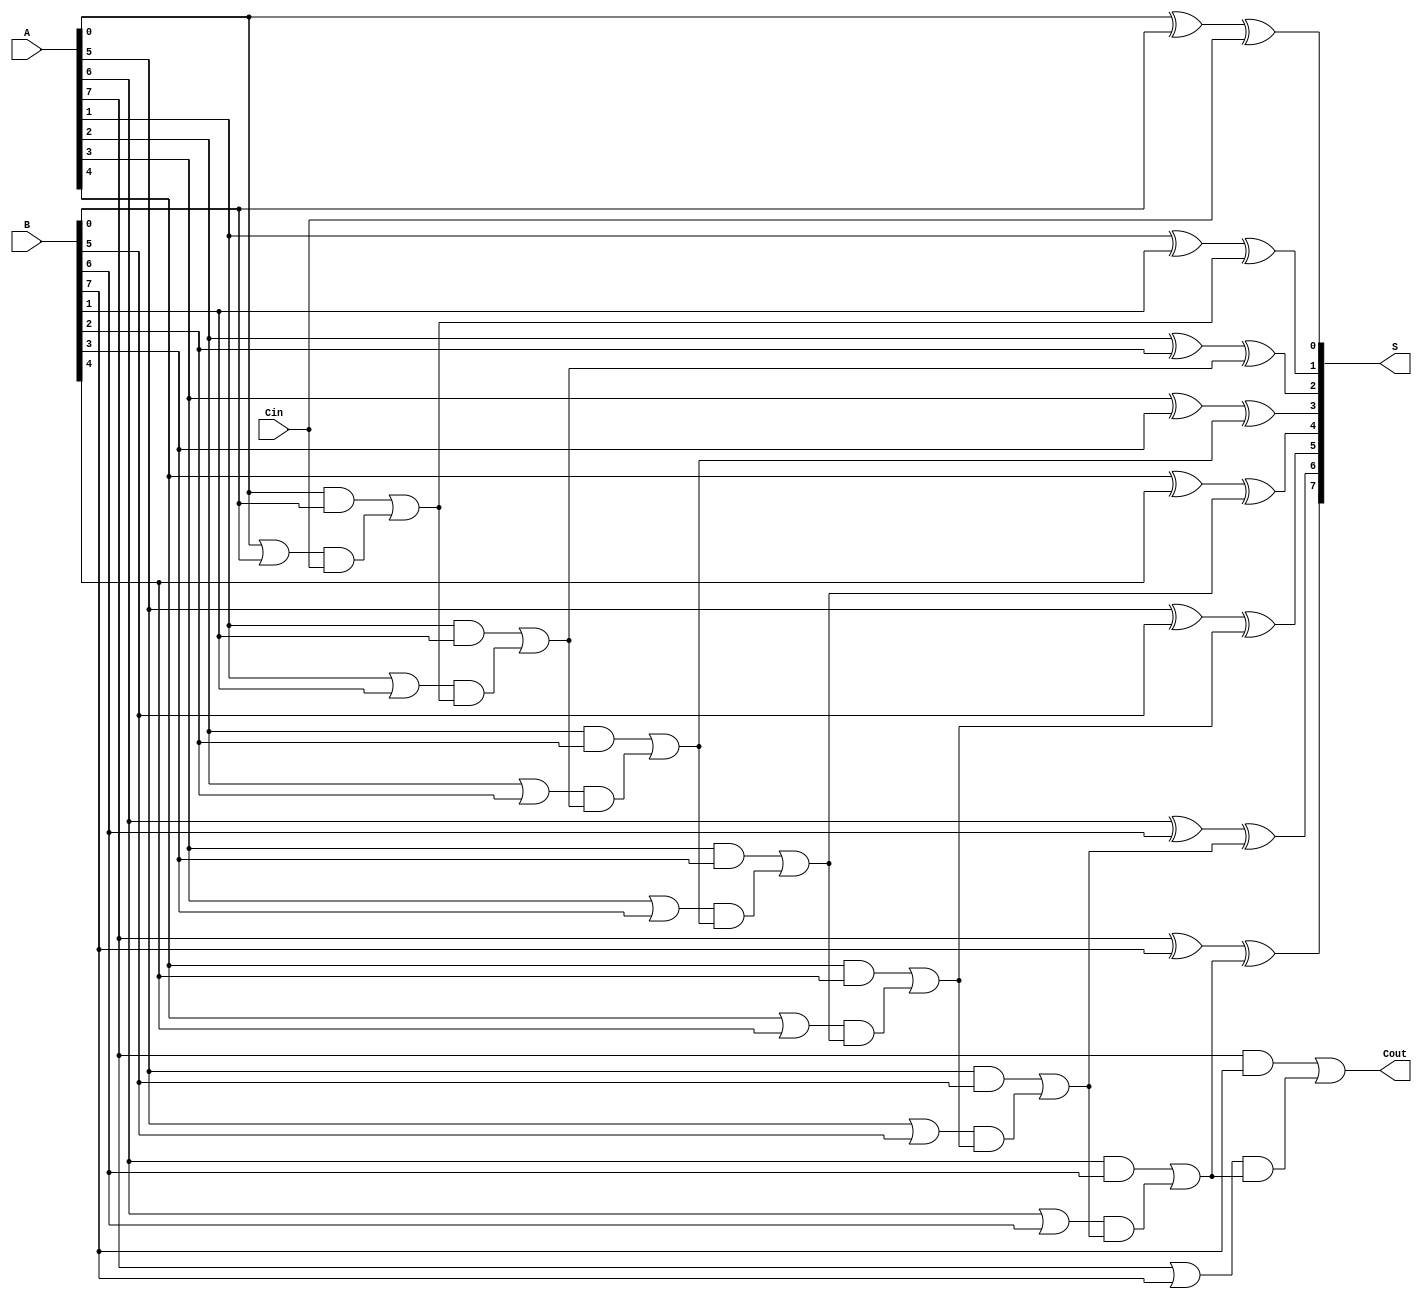
module ManchesterCarryChainAdder #(
    parameter N = 8 // Bit width of the adder
)(
    input  wire [N-1:0] A,    // First n-bit input
    input  wire [N-1:0] B,    // Second n-bit input
    input  wire Cin,           // Carry-in
    output wire [N-1:0] S,     // n-bit sum output
    output wire Cout           // Carry-out
);

    wire [N:0] C; // Carry signals, C[0] is Cin, C[N] is Cout
    wire [N-1:0] G; // Generate signals
    wire [N-1:0] P; // Propagate signals

    // Generate and Propagate logic
    genvar i;
    generate
        for (i = 0; i < N; i = i + 1) begin : gen_prop
            assign G[i] = A[i] & B[i];          // Generate
            assign P[i] = A[i] | B[i];          // Propagate
        end
    endgenerate

    // Carry chain logic
    assign C[0] = Cin; // Initial carry is Cin
    generate
        for (i = 0; i < N; i = i + 1) begin : carry_chain
            assign C[i + 1] = G[i] | (P[i] & C[i]); // Carry-out for each bit
        end
    endgenerate

    // Sum calculation
    generate
        for (i = 0; i < N; i = i + 1) begin : sum_logic
            assign S[i] = A[i] ^ B[i] ^ C[i]; // Sum for each bit
        end
    endgenerate

    // Final carry-out
    assign Cout = C[N];

endmodule